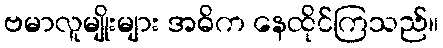
ဗမာလူမျိုးများ အဓိက နေထိုင်ကြသည်။